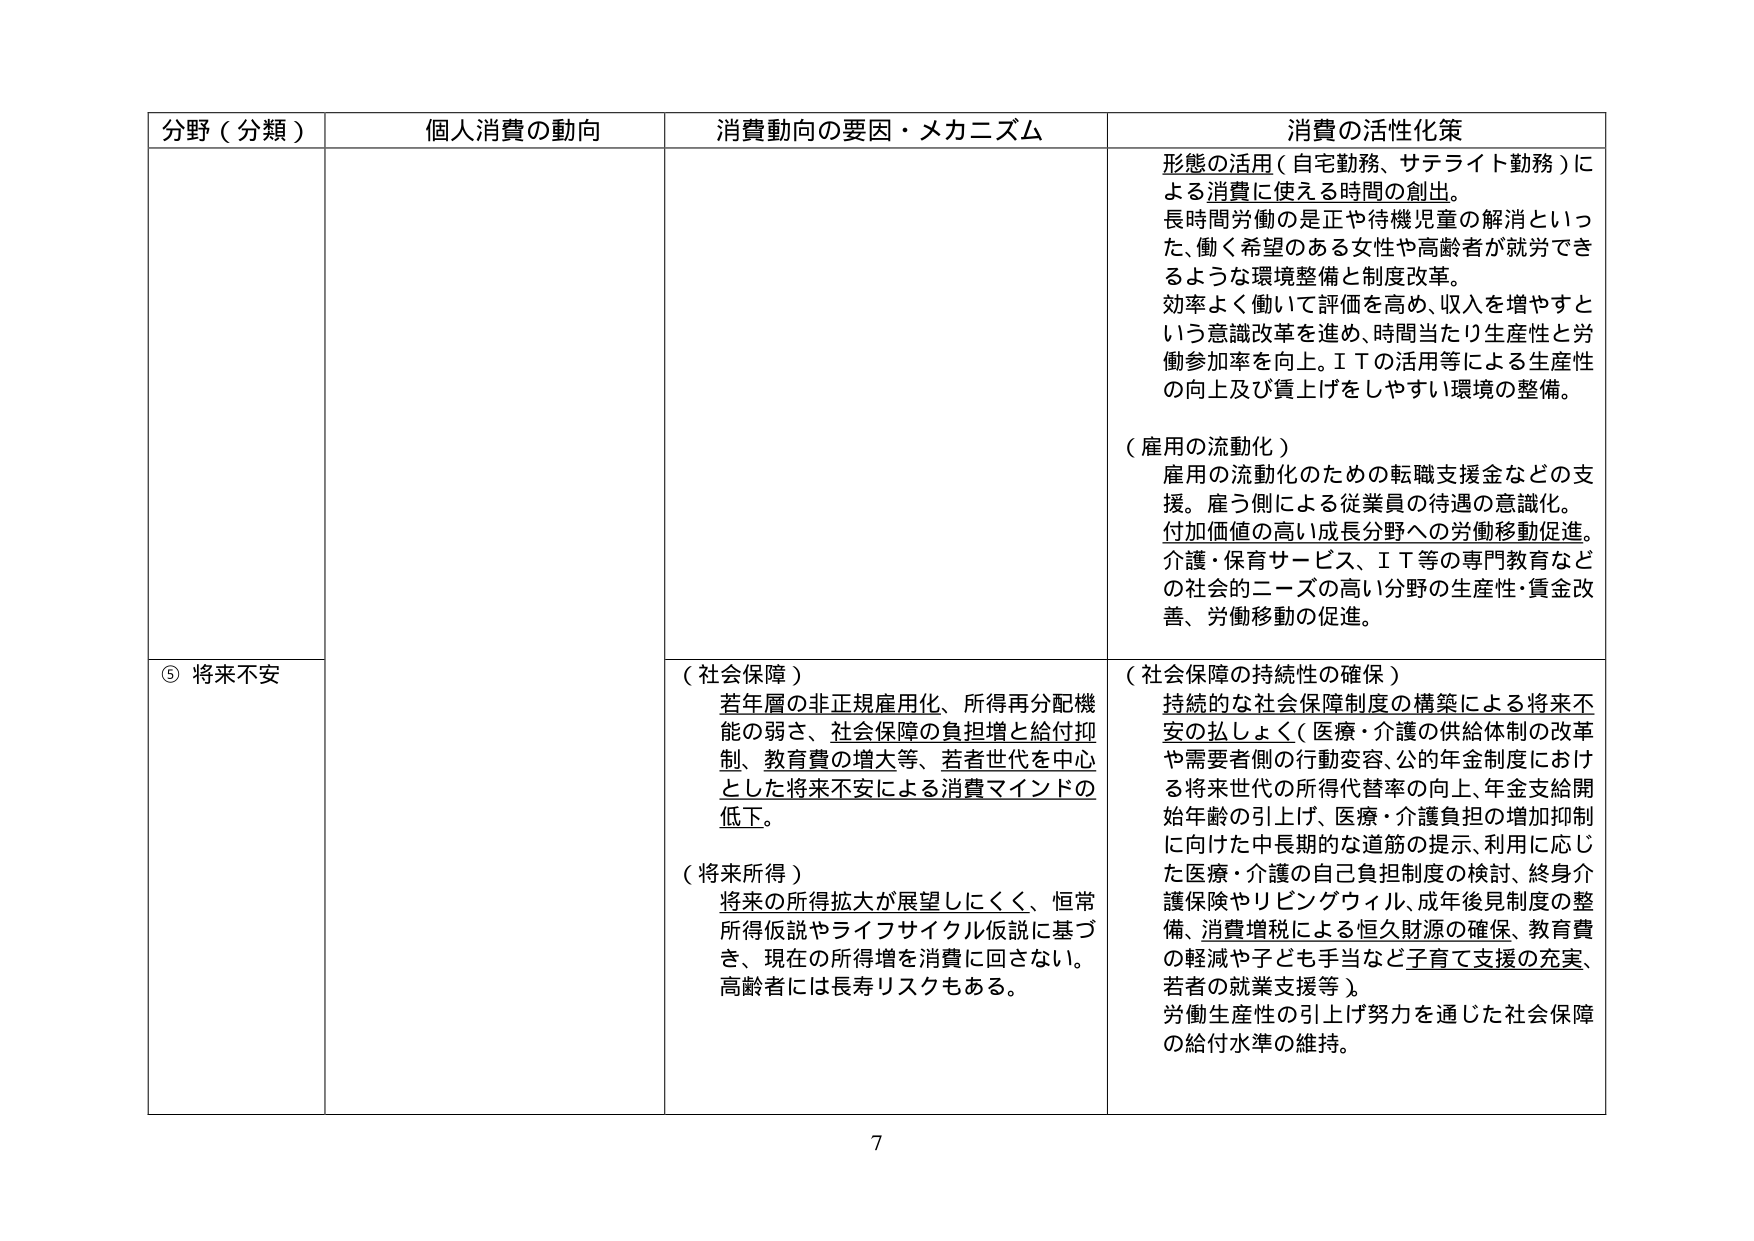
分野（分類） 個人消費の動向 消費動向の要因・メカニズム 消費の活性化策
形態の活用（自宅勤務、サテライト勤務）に
よる消費に使える時間の創出。
長時間労働の是正や待機児童の解消といっ
た、働く希望のある女性や高齢者が就労でき
るような環境整備と制度改革。
効率よく働いて評価を高め、収入を増やすと
いう意識改革を進め、時間当たり生産性と労
働参加率を向上。ＩＴの活用等による生産性
の向上及び質上げをしやすい環境の整備。
（雇用の流動化）
雇用の流動化のための転職支援などの支
援。雇う側による従業員の待遇の意識化。
付加価値の高い成長分野への労働移動促進。
介護・保育サービス、ＩＴ等の専門教育など
の社会的ニーズの高い分野の生産性・賃金改
善、労働移動の促進。
⑤ 将来不安
（社会保障）
若年層の非正規雇用化、所得再分配機
能の弱さ、社会保障の負担増と給付抑
制、教育費の増大等、若者世代を中心
とした将来不安による消費マインドの
低下。
（将来所得）
将来の所得拡大が展望しにくく、恒常
所得仮説やライフサイクル仮説に基づ
き、現在の所得増を消費に回さない。
高齢者には長寿リスクもある。
（社会保障の持続性の確保）
持続的な社会保障制度の構築による将来不
安の払しょく（医療・介護の供給体制の改革
や需要者側の行動変容、公的年金制度におけ
る将来世代の所得代替率の向上、年金支給開
始年齢の引上げ、医療・介護負担の増加抑制
に向けた中長期的な道筋の提示、利用に応じ
た医療・介護の自己負担制度の検討、終身介
護保険やリビングウィル、成年後見制度の整
備、消費増税による恒久財源の確保、教育費
の軽減や子ども手当など子育て支援の充実、
若者の就業支援等）、
労働生産性の引上げ努力を通じた社会保障
の給付水準の維持。
7